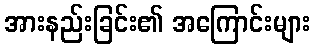
အားနည်းခြင်း၏ အကြောင်းများ